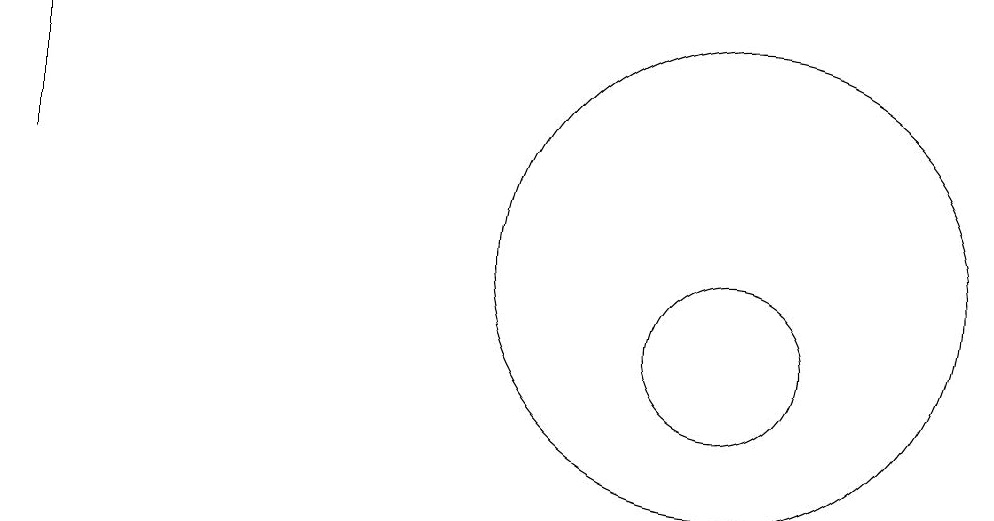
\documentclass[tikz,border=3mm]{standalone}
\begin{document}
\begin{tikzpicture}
\draw (11,12) circle (3);
\draw (11,11) circle (1);
\draw (2,13) rectangle (2,15);
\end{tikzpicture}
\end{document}